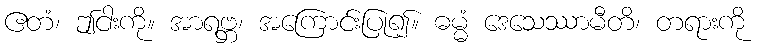
ဧတံ၊ ဤငါးကို။ အာရဗ္ဘ၊ အကြောင်းပြု၍။ ဓမ္မံ ဒေသေဿာမီတိ၊ တရားကို